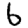
Digit: 6